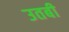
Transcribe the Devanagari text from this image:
उतबी